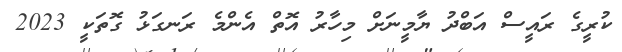
ކުރީގެ ރައީސް އަބްދު ޔާމީނަށް މިހާރު އޮތް އެންމެ ރަނގަޅު ގޮތަކީ 2023